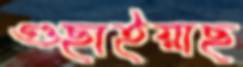
গুছাইয়াছ